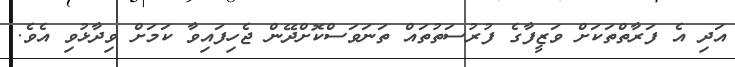
އަދި އެ ފަރާތްތަކަށް ވަޒީފާގެ ފުރުސަތުތައް ތަނަވަސްކޮށްދޭން ޖެހިފައިވާ ކަމަށް ވިދާޅުވި އެވެ.